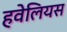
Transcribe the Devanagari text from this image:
हवेलियस